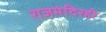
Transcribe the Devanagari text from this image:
राजमंदिरही